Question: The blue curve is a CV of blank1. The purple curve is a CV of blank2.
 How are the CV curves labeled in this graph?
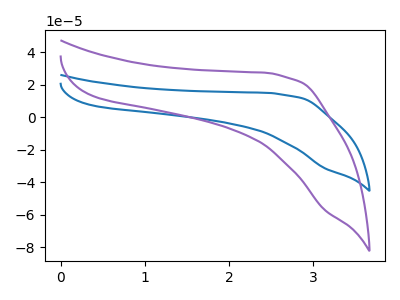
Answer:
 <answer>The blue curve is labeled "blank1". The purple curve is labeled "blank2".</answer>
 <eval></eval>